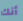
أنك